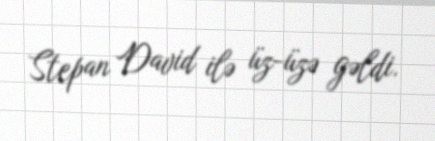
Stepan David ilə üz-üzə gəldi.